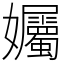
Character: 孎